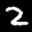
Label: 2